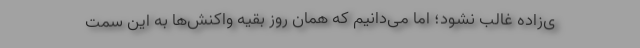
ی‌زاده غالب نشود؛ اما می‌دانیم که همان روز بقیه واکنش‌ها به این سمت